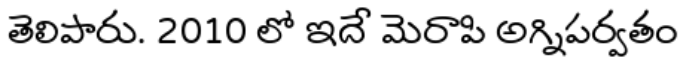
తెలిపారు. 2010 లో ఇదే మెరాపి అగ్నిపర్వతం